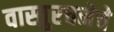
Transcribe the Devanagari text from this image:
वास्तुरचनेचे